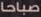
صباحا